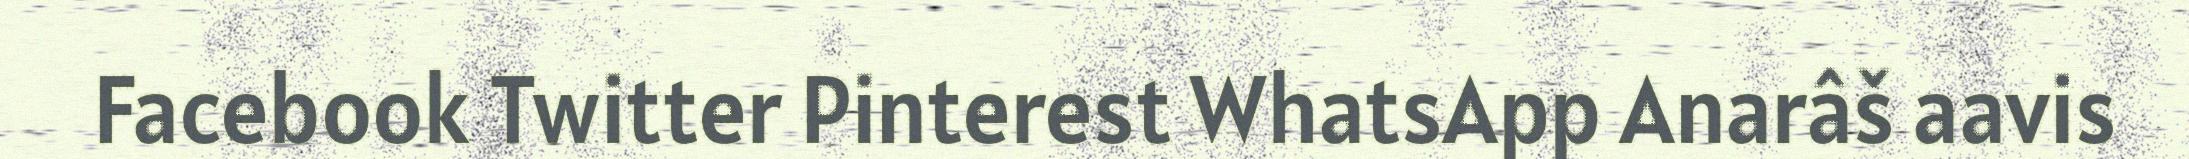
Facebook Twitter Pinterest WhatsApp Anarâš aavis